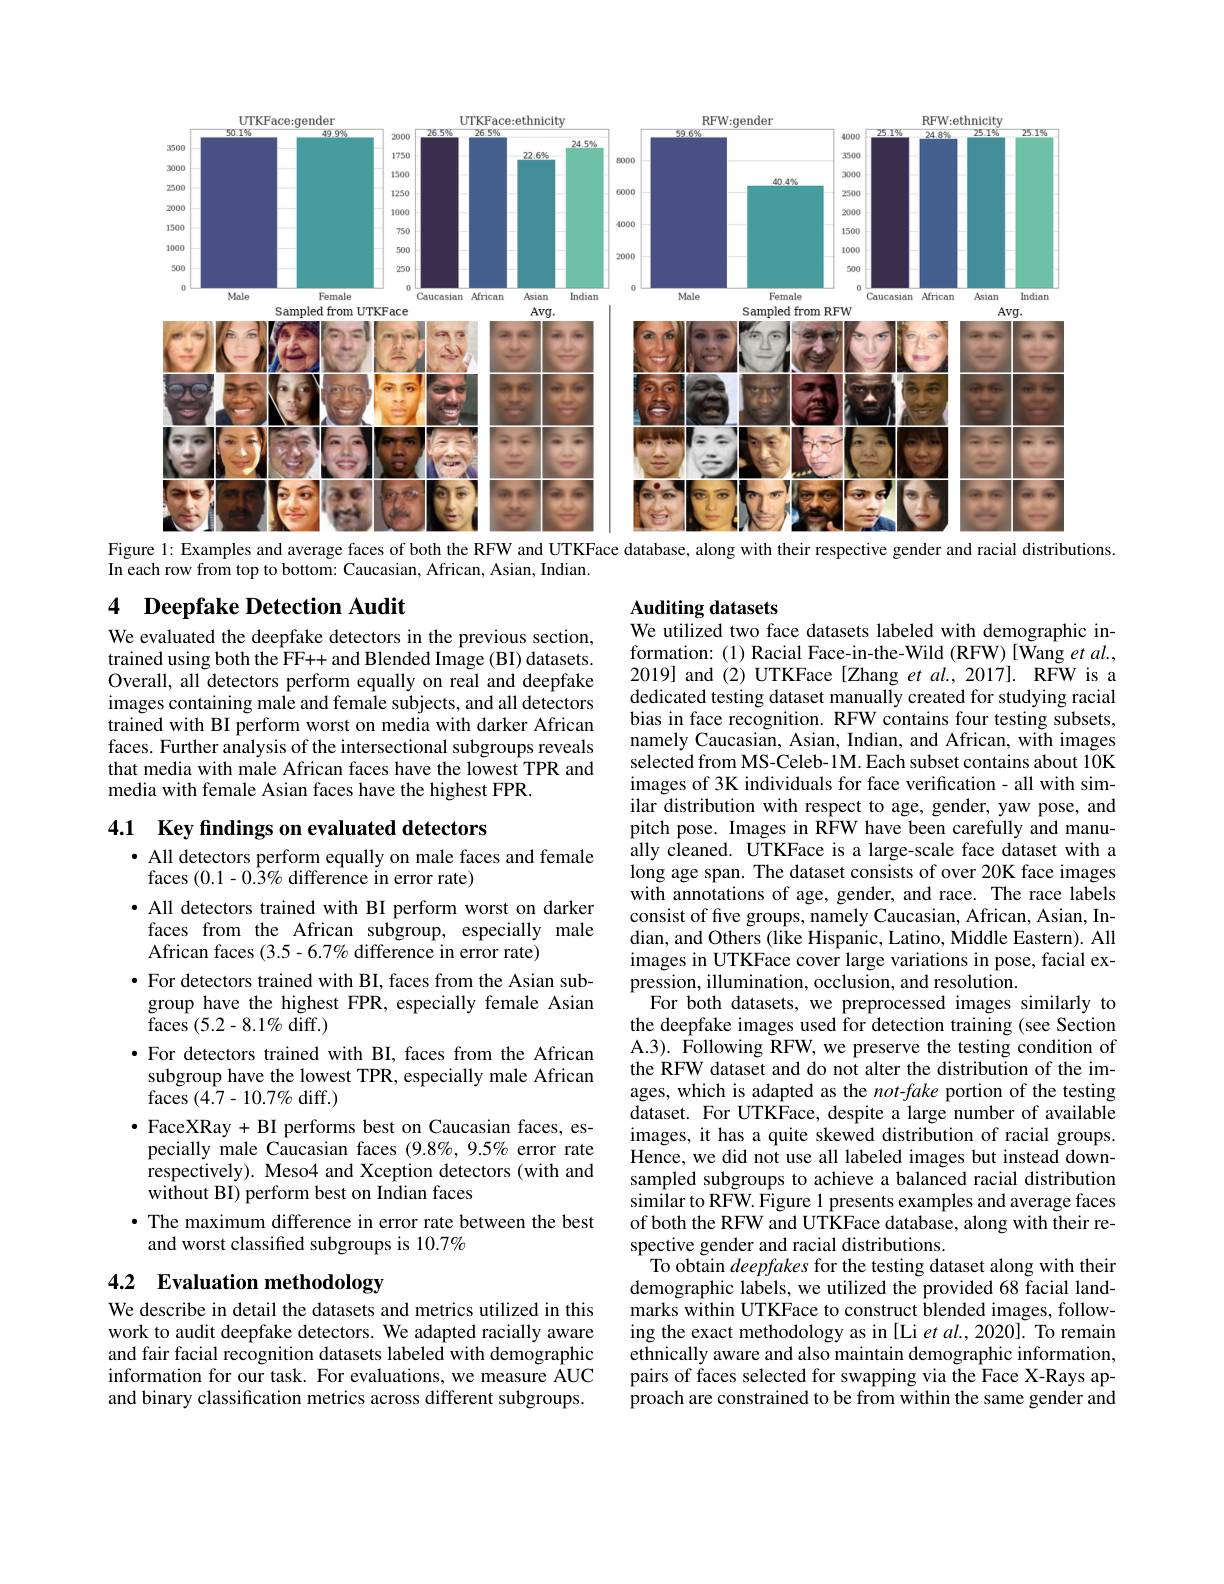
<FigureHere>
Figure 1: Examples and average faces of both the RFW and UTKFace database, along with their respective gender and racial distributions.

In each row from top to bottom: Caucasian, African, Asian, Indian.

## 4 Deepfake Detection Audit

${\mathbf{Auditing~datasets}}$
We utilized two face datasets labeled with demographic in-

We evaluated the deepfake detectors in the previous section, trained using both the FF++ and Blended Image (BI) datasets. Overall, all detectors perform equally on real and deepfake images containing male and female subjects, and all detectors trained with BI perform worst on media with darker African faces. Further analysis of the intersectional subgroups reveals that media with male African faces have the lowest TPR and media with female Asian faces have the highest FPR.

4.1 Key findings on evaluated detectors

formation:(1) Racial Face-in-the-Wild (RFW)[Wang et al., 2019] and (2) UTKFace [Zhang et al., 2017]. RFW is a dedicated testing dataset manually created for studying racial bias in face recognition. RFW contains four testing subsets, namely Caucasian, Asian, Indian, and African, with images selected from MS-Celeb-1M. Each subset contains about 10K images of 3K individuals for face verification- all with similar distribution with respect to age, gender, yaw pose, and pitch pose. Images in RFW have been carefully and manually cleaned. UTKFace is a large-scale face dataset with a long age span. The dataset consists of over 20K face images with annotations of age, gender, and race. The race labels consist of five groups, namely Caucasian, African, Asian, Indian, and Others (like Hispanic, Latino, Middle Eastern). All images in UTKFace cover large variations in pose, facial expression, illumination, occlusion, and resolution.
For both datasets, we preprocessed images similarly to the deepfake images used for detection training (see Section A.3). Following RFW, we preserve the testing condition of the RFW dataset and do not alter the distribution of the images, which is adapted as the not-fake portion of the testing dataset. For UTKFace, despite a large number of available images, it has a quite skewed distribution of racial groups. Hence, we did not use all labeled images but instead downsampled subgroups to achieve a balanced racial distribution similar to RFW. Figure 1 presents examples and average faces of both the RFW and UTKFace database, along with their respective gender and racial distributions.
To obtain deepfakes for the testing dataset along with their demographic labels, we utilized the provided 68 facial landmarks within UTKFace to construct blended images, following the exact methodology as in [Li et al.,2020]. To remain ethnically aware and also maintain demographic information, pairs of faces selected for swapping via the Face X-Rays approach are constrained to be from within the same gender and

· All detectors perform equally on male faces and female
faces $(0.1-0.\hat{3}\%$ difference in error rate)
· All detectors trained with BI perform worst on darker faces from the African subgroup, especially male African faces $(3.5-6.7\%$ difference in error rate)
$\bullet$ For detectors trained with BI, faces from the Asian subgroup have the highest FPR, especially female Asian faces $( 5. 2- 8. 1\%$diff.)
$\bullet$ For detectors trained with BI, faces from the African
subgroup have the lowest TPR, especially male African
$\operatorname{faces}(4.7-10.7\%$diff.)
$\bullet$ FaceXRay + BI performs best on Caucasian faces, es-
pecially male Caucasian faces $(9.8\%,9.5\%$ error rate respectively). Meso4 and Xception detectors (with and without BI) perform best on Indian faces
· The maximum difference in error rate between the best
and worst classified subgroups is 10.7%

# 4.2 Evaluation methodology

We describe in detail the datasets and metrics utilized in this work to audit deepfake detectors. We adapted racially aware and fair facial recognition datasets labeled with demographic information for our task. For evaluations, we measure ÁUC and binary classification metrics across different subgroups.